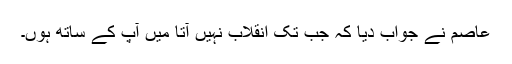
عاصم نے جواب دیا کہ جب تک انقلاب نہیں آتا میں آپ کے ساتھ ہوں۔